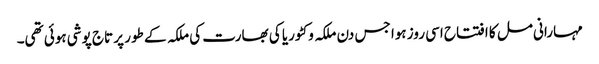
مہارانی مل کا افتتاح اسی روز ہوا جس دن ملکہ وکٹوریا کی بھارت کی ملکہ کے طور پر تاج پوشی ہوئی تھی۔